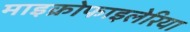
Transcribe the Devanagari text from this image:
माइक्रोफाइलेरिया